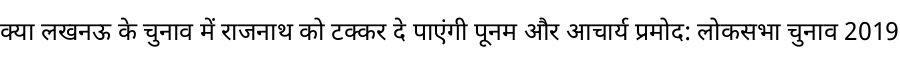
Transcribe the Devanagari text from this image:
क्या लखनऊ के चुनाव में राजनाथ को टक्कर दे पाएंगी पूनम और आचार्य प्रमोद: लोकसभा चुनाव 2019